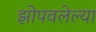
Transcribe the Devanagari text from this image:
झोपवलेल्या